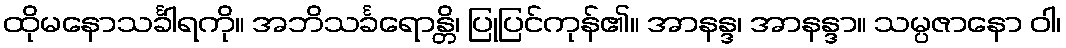
ထိုမနောသင်္ခါရကို။ အဘိသင်္ခရောန္တိ၊ ပြုပြင်ကုန်၏။ အာနန္ဒ၊ အာနန္ဒာ။ သမ္ပဇာနော ဝါ၊